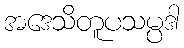
အဒေသိတူပသမ္ပဒါ